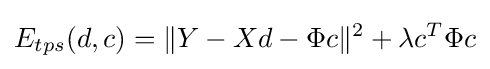
E_{tps}(d,c)=\|Y-Xd-\Phi c\|^{2}+\lambda c^{T}\Phi c